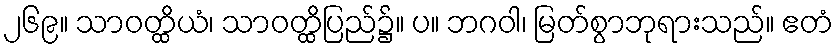
၂၆၉။ သာဝတ္ထိယံ၊ သာဝတ္ထိပြည်၌။ ပ။ ဘဂဝါ၊ မြတ်စွာဘုရားသည်။ ဧတံ